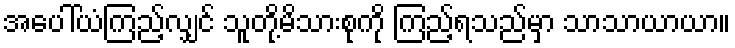
အပေါ်ယံကြည့်လျှင် သူတို့မိသားစုကို ကြည့်ရသည်မှာ သာသာယာယာ။